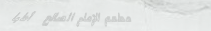
مطعم الإمام الصالح   أطبا